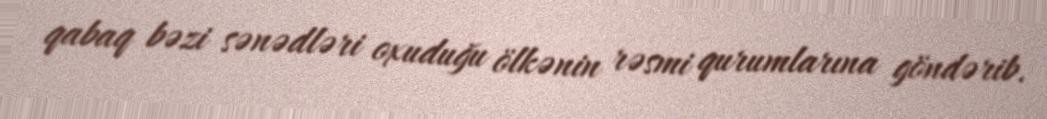
qabaq bəzi sənədləri oxuduğu ölkənin rəsmi qurumlarına göndərib.